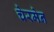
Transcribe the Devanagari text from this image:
चेरमेन